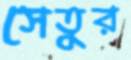
সেতুর